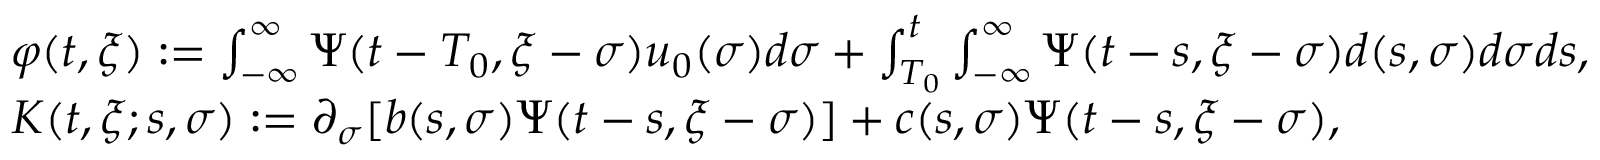
\begin{array} { r l } & { \varphi ( t , \xi ) : = \int _ { - \infty } ^ { \infty } \Psi ( t - T _ { 0 } , \xi - \sigma ) u _ { 0 } ( \sigma ) d \sigma + \int _ { T _ { 0 } } ^ { t } \int _ { - \infty } ^ { \infty } \Psi ( t - s , \xi - \sigma ) d ( s , \sigma ) d \sigma d s , } \\ & { K ( t , \xi ; s , \sigma ) : = \partial _ { \sigma } [ b ( s , \sigma ) \Psi ( t - s , \xi - \sigma ) ] + c ( s , \sigma ) \Psi ( t - s , \xi - \sigma ) , } \end{array}